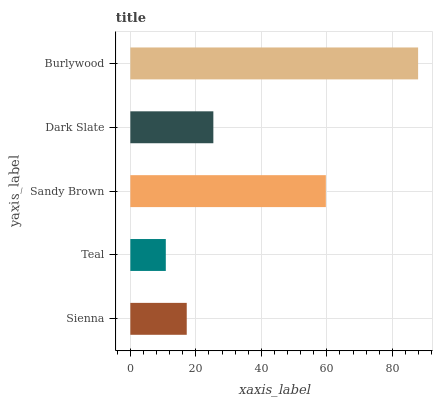
| yaxis_label | bars |
 | --- | --- |
 | Sienna | 17.2 |
 | Teal | 10.8 |
 | Sandy Brown | 59.7 |
 | Dark Slate | 25.3 |
 | Burlywood | 87.9 |